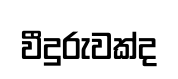
වීදුරුවක්ද